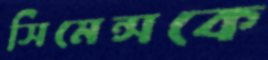
সিমেন্সকে